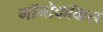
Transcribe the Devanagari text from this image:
गॉनोकॉकस